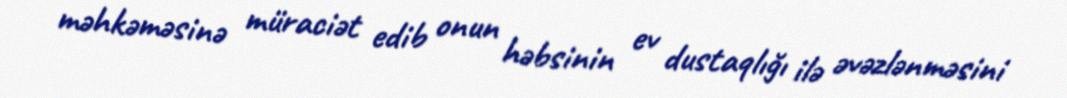
məhkəməsinə müraciət edib onun həbsinin ev dustaqlığı ilə əvəzlənməsini